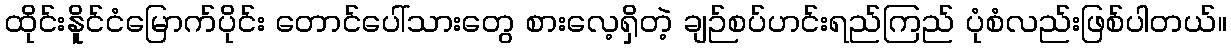
ထိုင်းနိူင်ငံမြောက်ပိုင်း တောင်ပေါ်သားတွေ စားလေ့ရှိတဲ့ ချဉ်စပ်ဟင်းရည်ကြည် ပုံစံလည်းဖြစ်ပါတယ်။